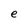
Character: e